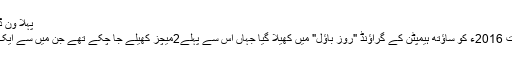
پہلا وَن ڈے کرکٹ میچ روز باؤل گراؤنڈ میں :
اس سیریز کا پہلا وَن ڈے میچ 24ِاگست 2016ء کو ساؤتھ ہیمپٹن کے گراؤنڈ "روز باؤل" میں کھیلا گیا جہاں اس سے پہلے2میچز کھیلے جا چکے تھے جن میں سے ایک پاکستان اورایک انگلینڈ جیت چکا تھا۔